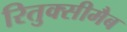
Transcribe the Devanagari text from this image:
रितुक्सीमैब